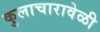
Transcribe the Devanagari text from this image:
कुलाचारावेळी